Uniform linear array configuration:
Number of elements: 8
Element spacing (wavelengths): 0.75
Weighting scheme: cosine
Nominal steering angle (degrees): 15
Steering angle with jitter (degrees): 16.506
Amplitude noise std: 0.05
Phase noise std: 0.05

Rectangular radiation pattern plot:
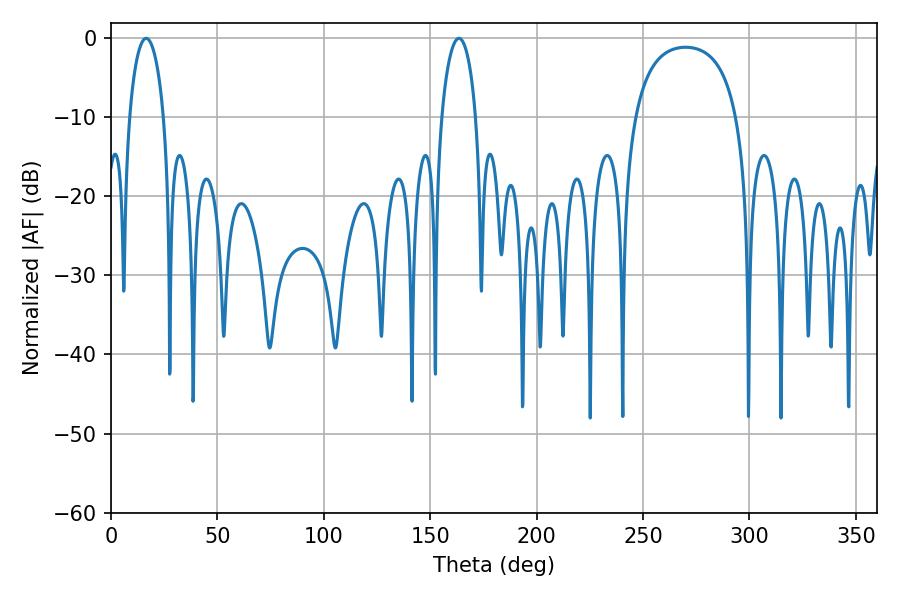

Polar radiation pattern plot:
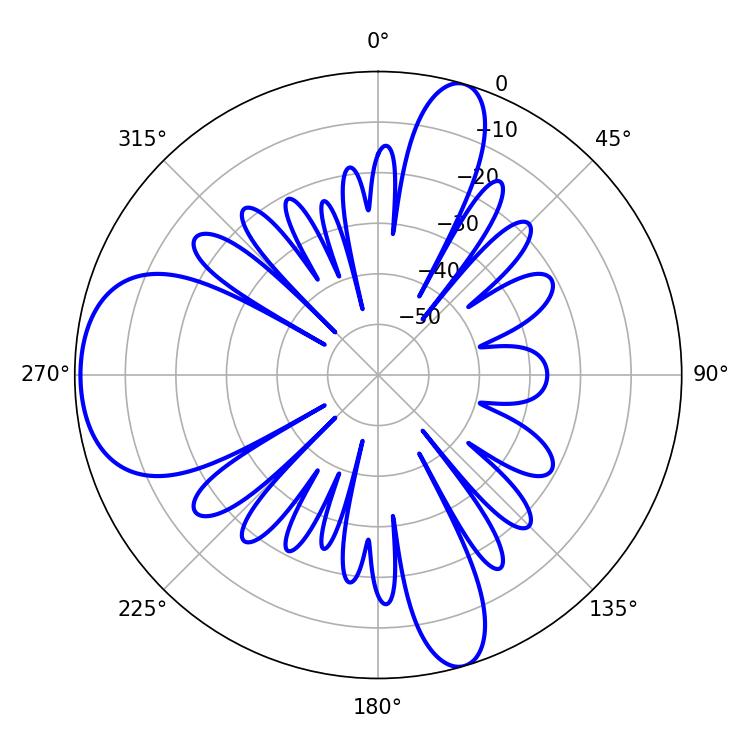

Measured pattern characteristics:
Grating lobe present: TRUE
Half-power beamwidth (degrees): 9.36
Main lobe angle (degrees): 16.56